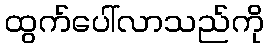
ထွက်ပေါ်လာသည်ကို